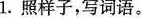
1.照样子，写词语。